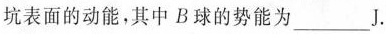
坑表面的动能，其中B球的势能为___J.